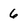
Character: 6